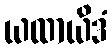
ယထာယိဒံ